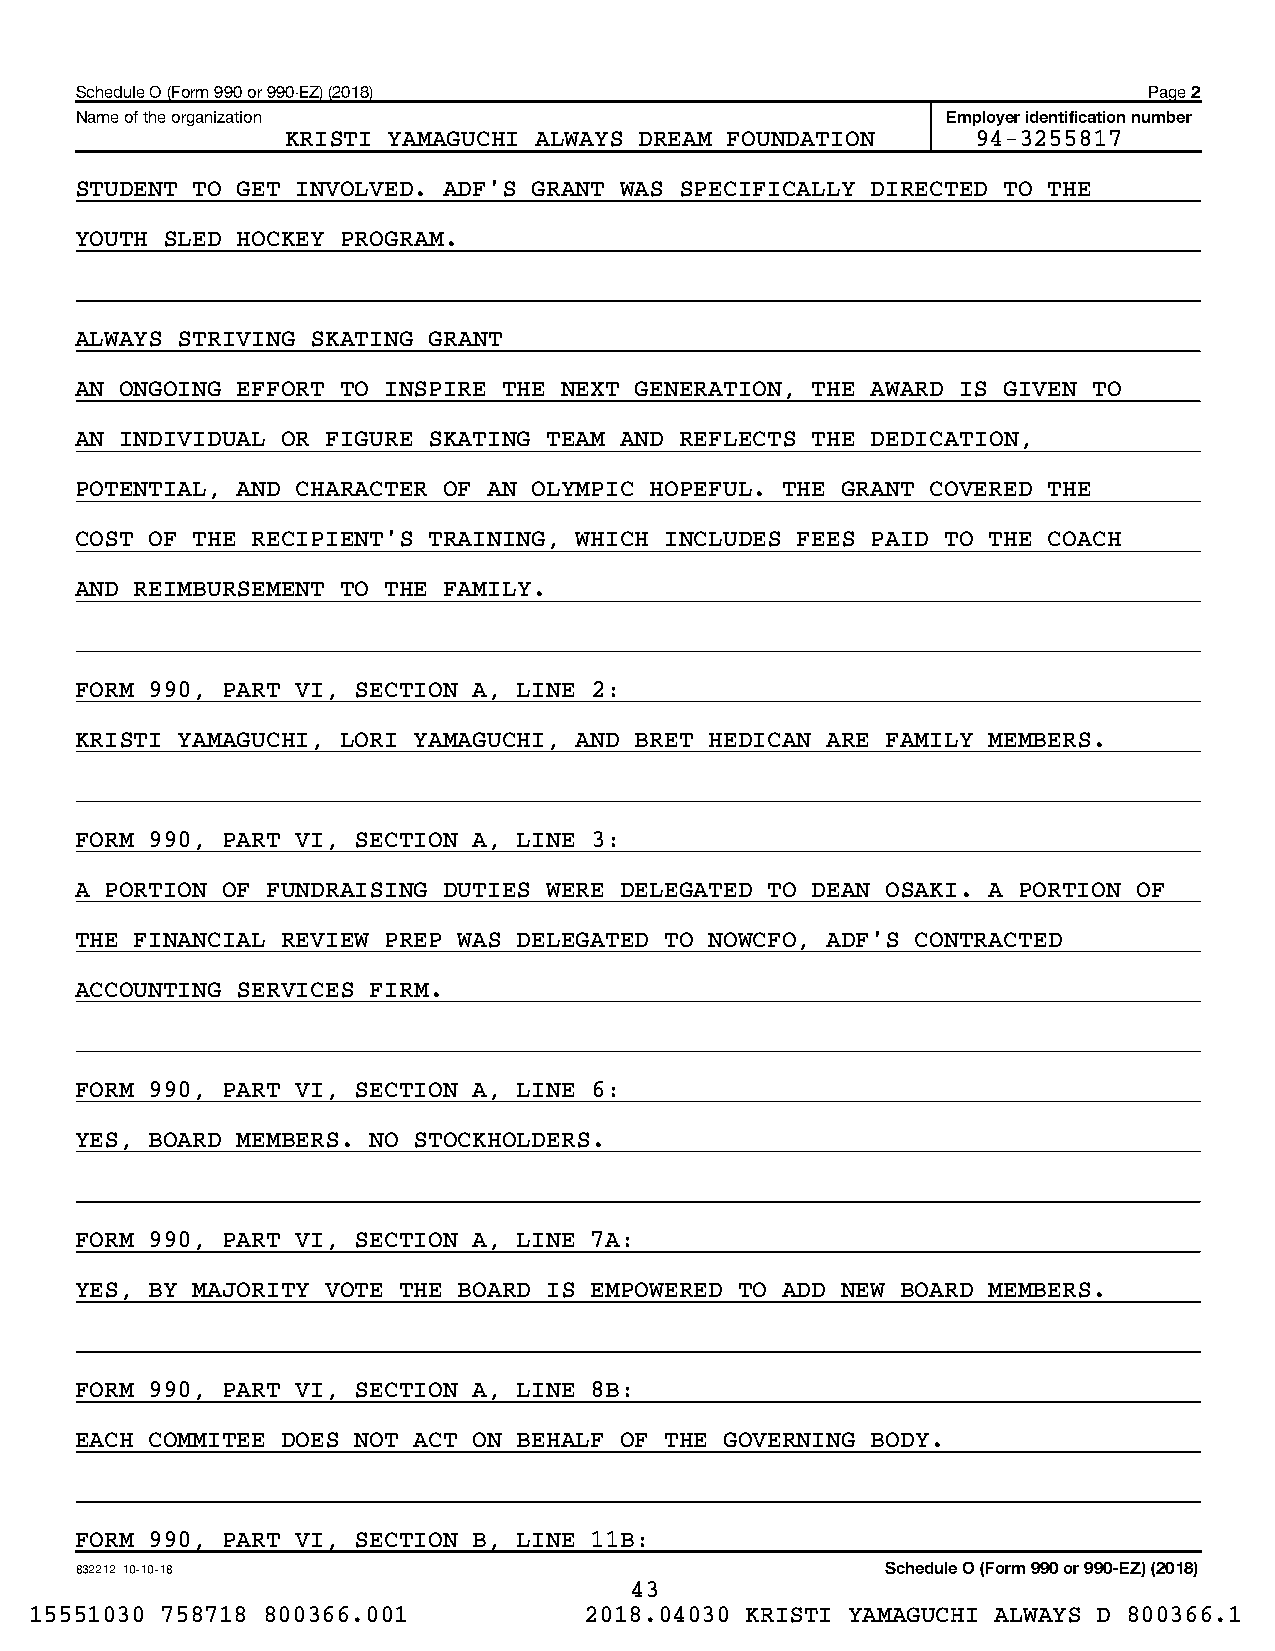
Schedule O (Form 990 or 990-EZ) (2018)                                 Page 2
 Name of the organization                                  Employer identification number
 KRISTI YAMAGUCHI ALWAYS DREAM FOUNDATION      94-3255817
 STUDENT TO GET INVOLVED. ADF'S GRANT WAS SPECIFICALLY DIRECTED TO THE
 YOUTH SLED HOCKEY PROGRAM.
 ALWAYS STRIVING SKATING GRANT
 AN ONGOING EFFORT TO INSPIRE THE NEXT GENERATION, THE AWARD IS GIVEN TO
 AN INDIVIDUAL OR FIGURE SKATING TEAM AND REFLECTS THE DEDICATION,
 POTENTIAL, AND CHARACTER OF AN OLYMPIC HOPEFUL. THE GRANT COVERED THE
 COST OF THE RECIPIENT'S TRAINING, WHICH INCLUDES FEES PAID TO THE COACH
 AND REIMBURSEMENT TO THE FAMILY.
 FORM 990, PART VI, SECTION A, LINE 2:
 KRISTI YAMAGUCHI, LORI YAMAGUCHI, AND BRET HEDICAN ARE FAMILY MEMBERS.
 FORM 990, PART VI, SECTION A, LINE 3:
 A PORTION OF FUNDRAISING DUTIES WERE DELEGATED TO DEAN OSAKI. A PORTION OF
 THE FINANCIAL REVIEW PREP WAS DELEGATED TO NOWCFO, ADF'S CONTRACTED
 ACCOUNTING SERVICES FIRM.
 FORM 990, PART VI, SECTION A, LINE 6:
 YES, BOARD MEMBERS. NO STOCKHOLDERS.
 FORM 990, PART VI, SECTION A, LINE 7A:
 YES, BY MAJORITY VOTE THE BOARD IS EMPOWERED TO ADD NEW BOARD MEMBERS.
 FORM 990, PART VI, SECTION A, LINE 8B:
 EACH COMMITEE DOES NOT ACT ON BEHALF OF THE GOVERNING BODY.
 FORM 990, PART VI, SECTION B, LINE 11B:
 832212 10-10-18                                       Schedule O (Form 990 or 990-EZ) (2018)
 43
 15551030 758718 800366.001           2018.04030 KRISTI YAMAGUCHI ALWAYS D 800366.1